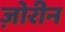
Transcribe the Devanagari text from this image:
ज़ोरीन